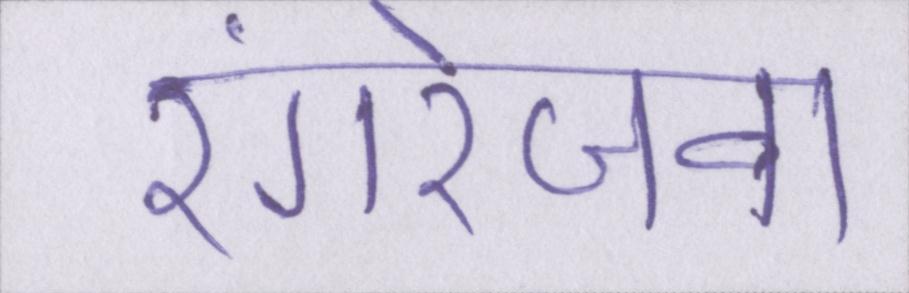
रंगरेजवा